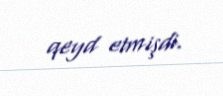
qeyd etmişdi.